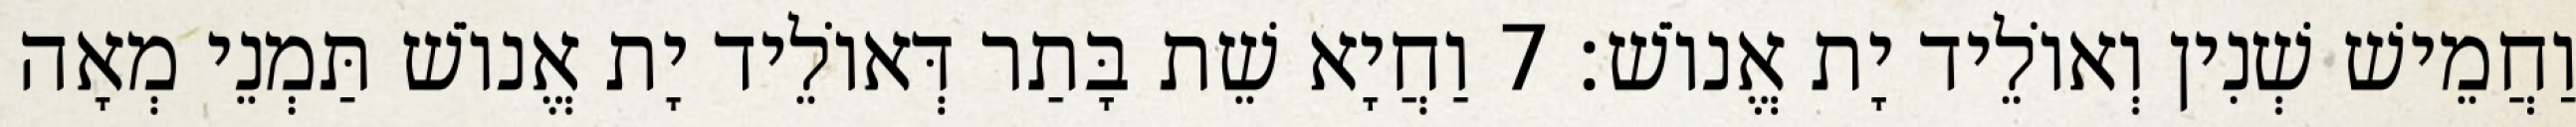
וַחֲמֵישׁ שְׁנִין וְאוֹלֵיד יָת אֱנוֹשׁ׃ 7 וַחֲיָא שֵׁת בָּתַר דְּאוֹלֵיד יָת אֱנוֹשׁ תַּמְנֵי מְאָה